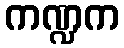
ကဏ္ဍက